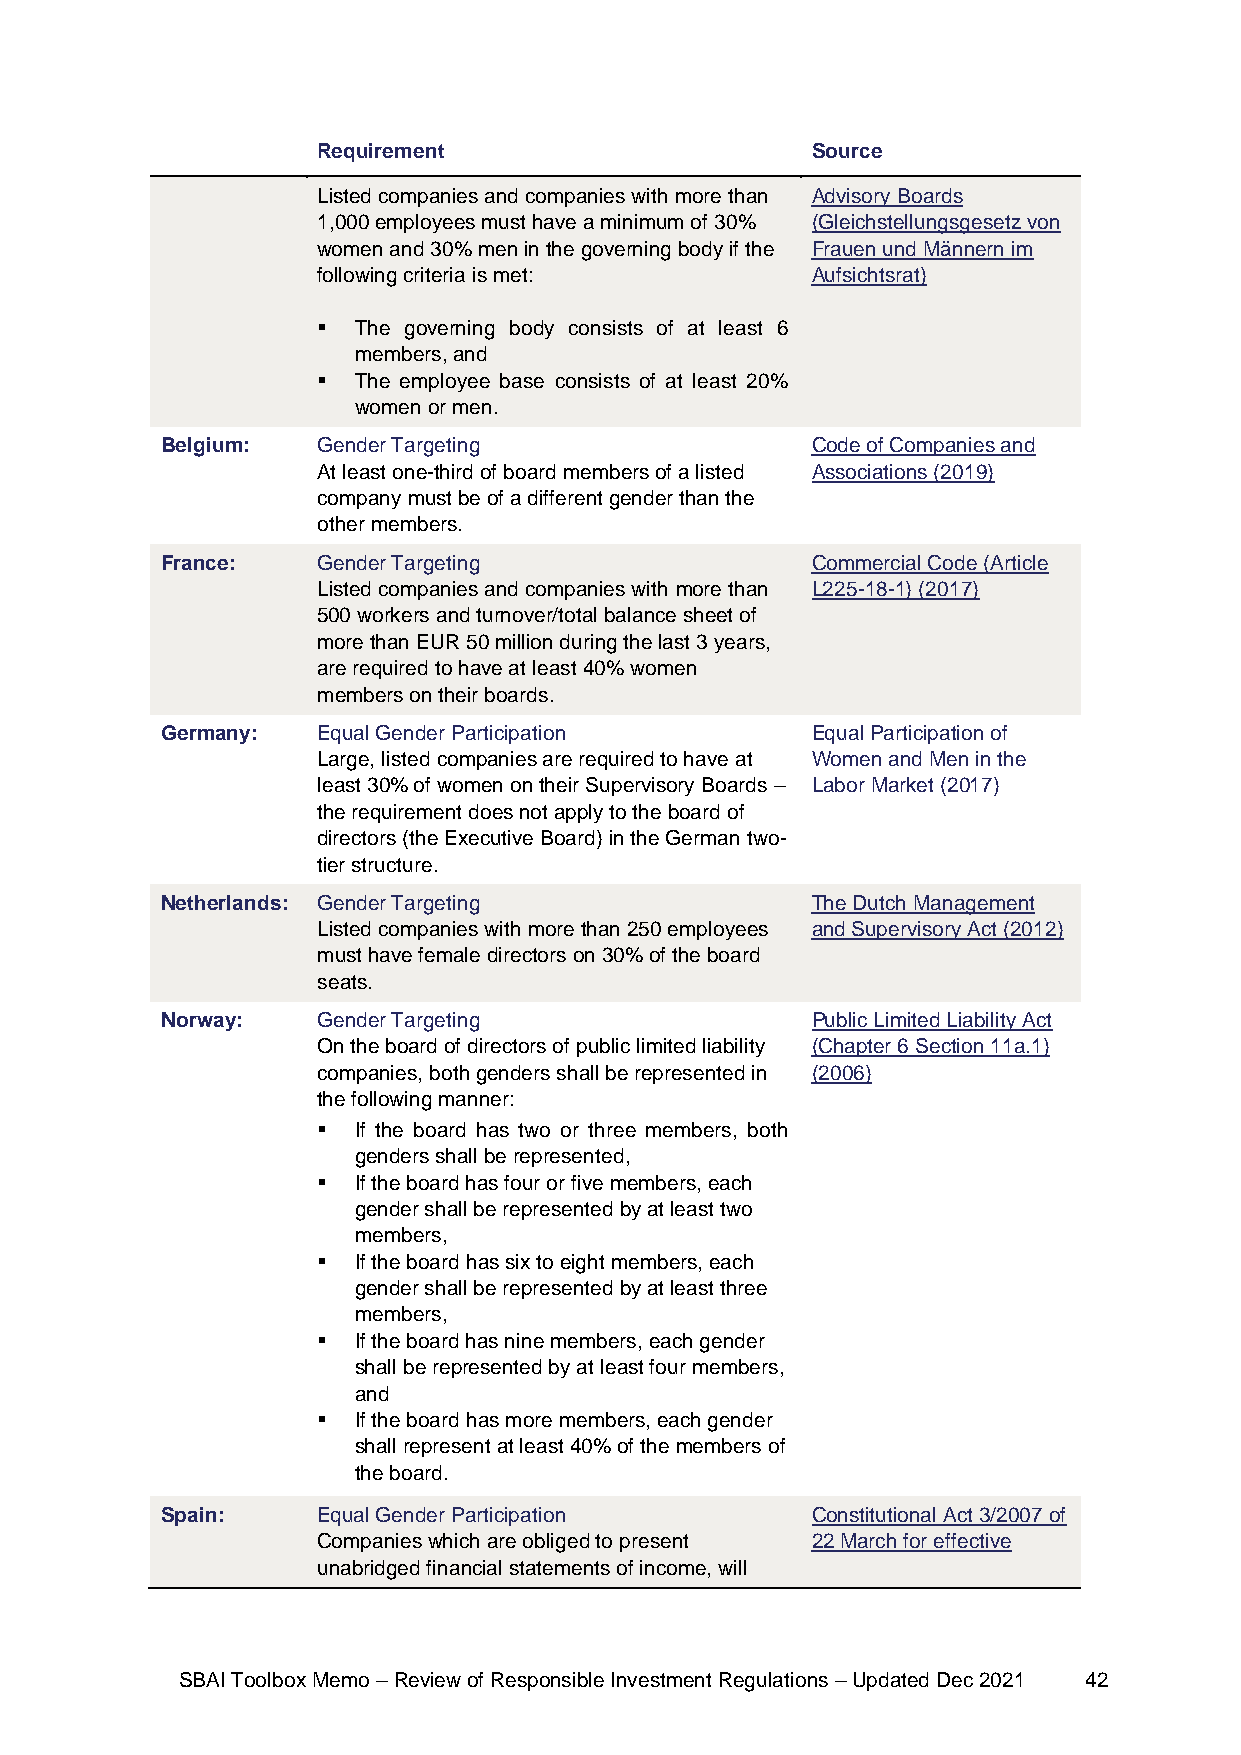
Requirement                      Source
 Listed companies and companies with more than Advisory Boards
 1,000 employees must have a minimum of 30% (Gleichstellungsgesetz von
 women and 30% men in the governing body if the Frauen und Männern im
 following criteria is met:       Aufsichtsrat)
 ▪ The governing body consists of at least 6
 members, and
 ▪ The employee base consists of at least 20%
 women or men.
 Belgium:  Gender Targeting                 Code of Companies and
 At least one-third of board members of a listed Associations (2019)
 company must be of a different gender than the
 other members.
 France:   Gender Targeting                 Commercial Code (Article
 Listed companies and companies with more than L225-18-1) (2017)
 500 workers and turnover/total balance sheet of
 more than EUR 50 million during the last 3 years,
 are required to have at least 40% women
 members on their boards.
 Germany:  Equal Gender Participation       Equal Participation of
 Large, listed companies are required to have at Women and Men in the
 least 30% of women on their Supervisory Boards – Labor Market (2017)
 the requirement does not apply to the board of
 directors (the Executive Board) in the German two-
 tier structure.
 Netherlands: Gender Targeting              The Dutch Management
 Listed companies with more than 250 employees and Supervisory Act (2012)
 must have female directors on 30% of the board
 seats.
 Norway:   Gender Targeting                 Public Limited Liability Act
 On the board of directors of public limited liability (Chapter 6 Section 11a.1)
 companies, both genders shall be represented in (2006)
 the following manner:
 ▪ If the board has two or three members, both
 genders shall be represented,
 ▪ If the board has four or five members, each
 gender shall be represented by at least two
 members,
 ▪ If the board has six to eight members, each
 gender shall be represented by at least three
 members,
 ▪ If the board has nine members, each gender
 shall be represented by at least four members,
 and
 ▪ If the board has more members, each gender
 shall represent at least 40% of the members of
 the board.
 Spain:    Equal Gender Participation       Constitutional Act 3/2007 of
 Companies which are obliged to present 22 March for effective
 unabridged financial statements of income, will
 SBAI Toolbox Memo – Review of Responsible Investment Regulations – Updated Dec 2021 42